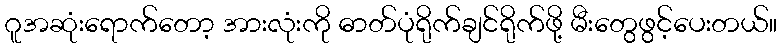
ဂူအဆုံးရောက်တော့ အားလုံးကို ဓာတ်ပုံရိုက်ချင်ရိုက်ဖို့ မီးတွေဖွင့်ပေးတယ်။